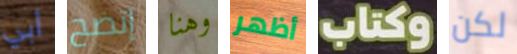
أبي إتضح وهنا أظهر وكتاب لكن